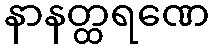
နာနတ္ထရဏေ